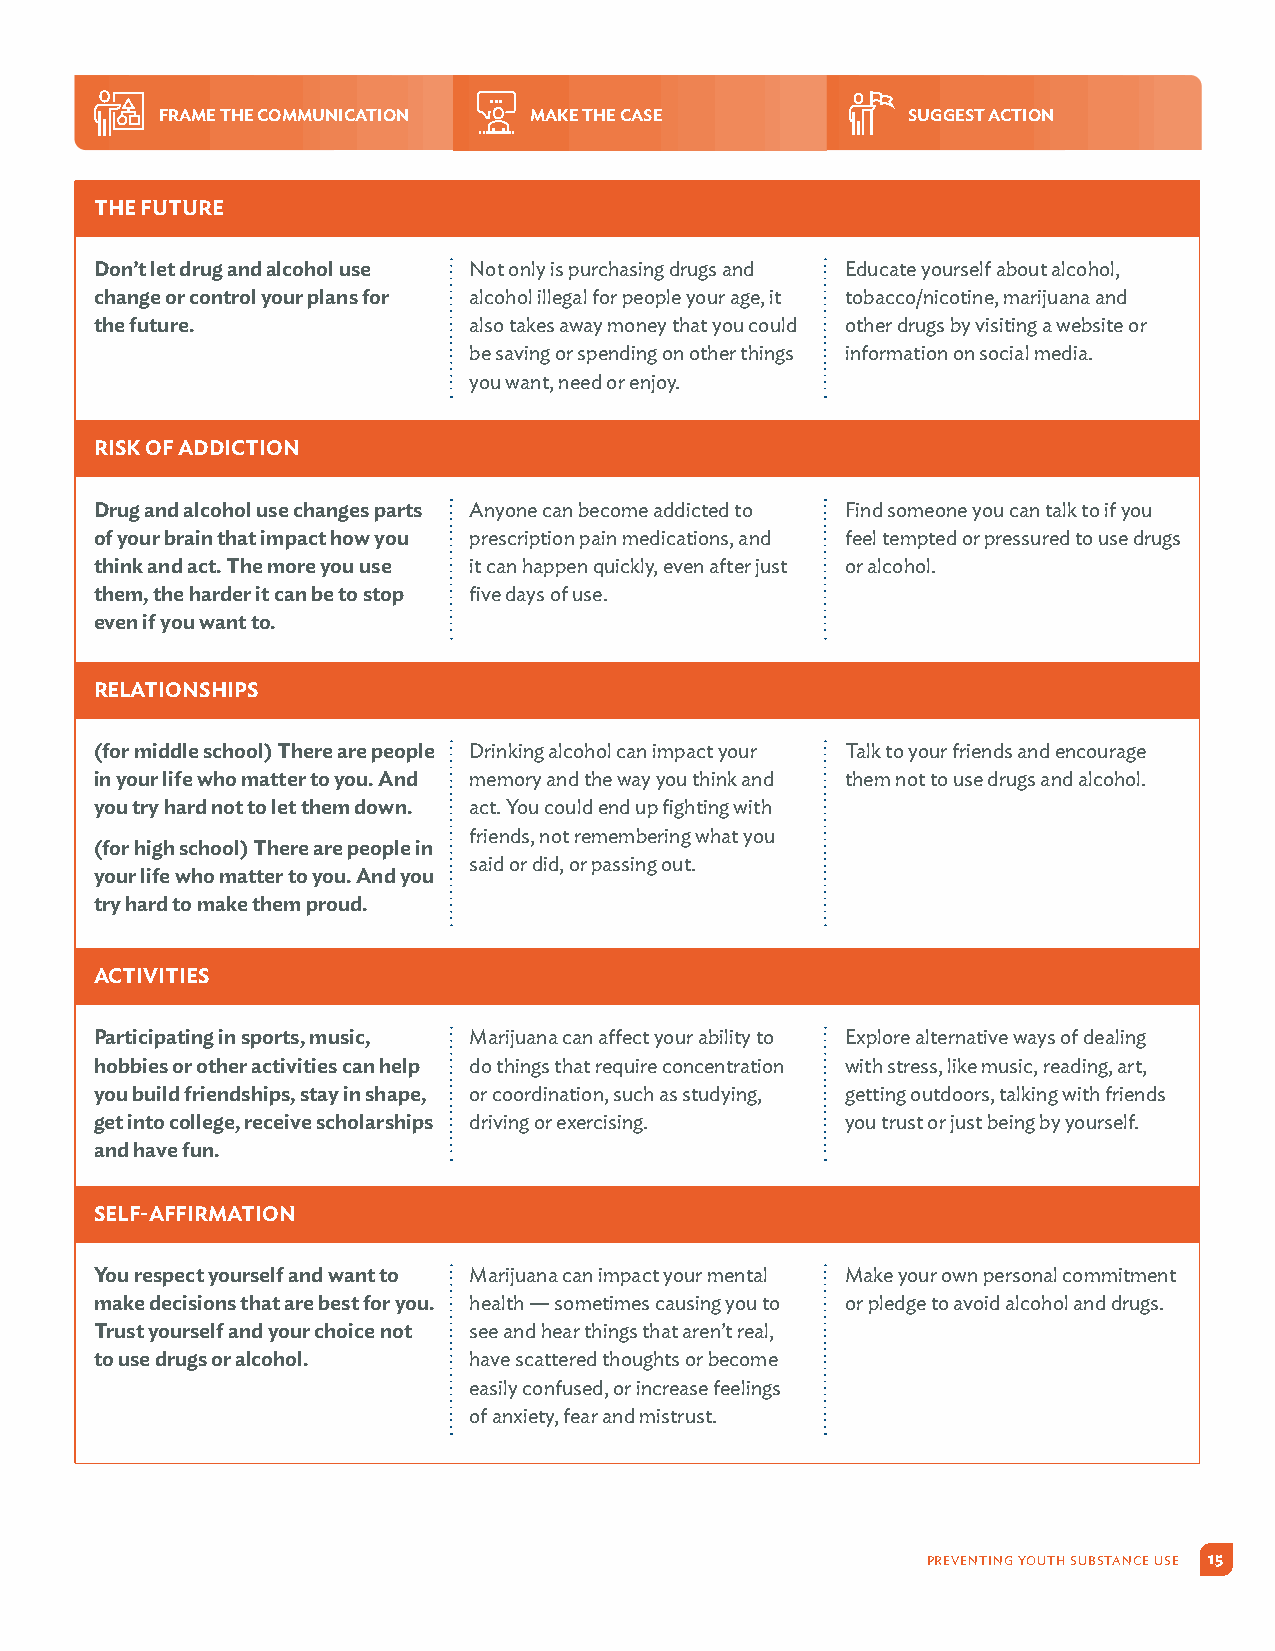
FRAME THE COMMUNICATION MAKE THE CASE            SUGGEST ACTION
 THE FUTURE
 Don’t let drug and alcohol use Not only is purchasing drugs and Educate yourself about alcohol,
 change or control your plans for alcohol illegal for people your age, it tobacco/nicotine, marijuana and
 the future.              also takes away money that you could other drugs by visiting a website or
 be saving or spending on other things information on social media.
 you want, need or enjoy.
 RISK OF ADDICTION
 Drug and alcohol use changes parts Anyone can become addicted to Find someone you can talk to if you
 of your brain that impact how you prescription pain medications, and feel tempted or pressured to use drugs
 think and act. The more you use it can happen quickly, even after just or alcohol.
 them, the harder it can be to stop five days of use.
 even if you want to.
 RELATIONSHIPS
 (for middle school) There are people Drinking alcohol can impact your Talk to your friends and encourage
 in your life who matter to you. And memory and the way you think and them not to use drugs and alcohol.
 you try hard not to let them down. act. You could end up fighting with
 friends, not remembering what you
 (for high school) There are people in
 said or did, or passing out.
 your life who matter to you. And you
 try hard to make them proud.
 ACTIVITIES
 Participating in sports, music, Marijuana can affect your ability to Explore alternative ways of dealing
 hobbies or other activities can help do things that require concentration with stress, like music, reading, art,
 you build friendships, stay in shape, or coordination, such as studying, getting outdoors, talking with friends
 get into college, receive scholarships driving or exercising. you trust or just being by yourself.
 and have fun.
 SELF-AFFIRMATION
 You respect yourself and want to Marijuana can impact your mental Make your own personal commitment
 make decisions that are best for you. health — sometimes causing you to or pledge to avoid alcohol and drugs.
 Trust yourself and your choice not see and hear things that aren’t real,
 to use drugs or alcohol. have scattered thoughts or become
 easily confused, or increase feelings
 of anxiety, fear and mistrust.
 PREVENTING YOUTH SUBSTANCE USE 15